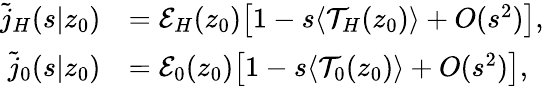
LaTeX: \begin{array}{rl}{\tilde{j}_{H}(s|z_{0})}&{=\mathcal{E}_{H}(z_{0})\bigl[1-s\langle\mathcal{T}_{H}(z_{0})\rangle+O(s^{2})\bigr],}\\ {\tilde{j}_{0}(s|z_{0})}&{=\mathcal{E}_{0}(z_{0})\bigl[1-s\langle\mathcal{T}_{0}(z_{0})\rangle+O(s^{2})\bigr],}\end{array}